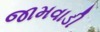
જામવાડી